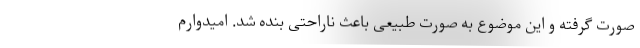
صورت گرفته و این موضوع به صورت طبیعی باعث ناراحتی بنده شد. امیدوارم